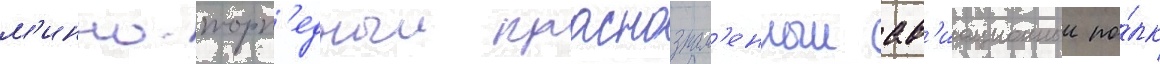
м'инно-торп'едныи краснознам'енныи ав'иационныи по́лк